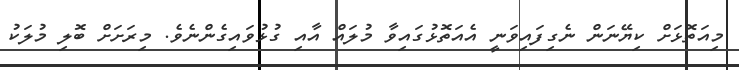
މިއަތޮޅަށް ކިޔޭނަން ނެގިފައިވަނީ އެއަތޮޅުގައިވާ މުލައް އާއި ގުޅުވައިގެންނެވެ. މިރަށަށް ބޮލި މުލަކު